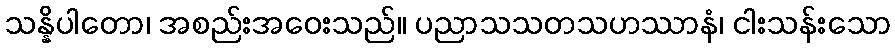
သန္နိပါတော၊ အစည်းအဝေးသည်။ ပညာသသတသဟဿာနံ၊ ငါးသန်းသော